Annual report of the Civil Veterinary Department, Bengal, for the year 1897-98 - 1897-1898
Year: 1897
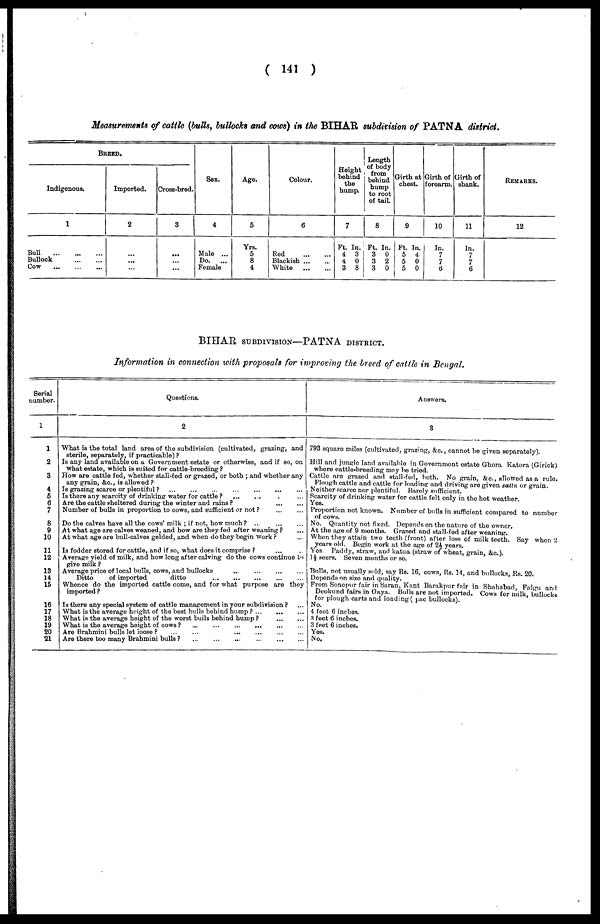
( 141 )
Measurements of cattle (bulls, bullocks and cows) in the BIHAR, subdivision of PATNA district.
BREED.
Indigenous.
1
Bull
...
...
...
Bullock ... ...
Cow
...
...
...
Imported.
2
...
...
...
Cross-bred.
3
...
...
...
Sex.
4
Male ...
Do.
...
Female
Age.
5
Yrs.
5
8
4
Colour.
6
Red
...
...
Blackish
...
...
White
...
...
Height
behind
the
hump.
7
Ft. In.
4 3
4 0
3 8
Length
of body
from
behind
hump
to root
of tail.
8
Ft. In.
3 0
3
2
3
0
Girth at
chest.
9
Ft. In.
5 4
5
0
5
0
Girth of
forearm.
10
In.
7
7
6
Girth of
shank.
11
In.
7
7
6
REMARKS.
12
BIHAR SUBDIVISION—PATNA DISTRICT.
Information in connection with proposals for improving the breed of cattle in Bengal.
Serial
number.
1
1
2
3
4
5
6
7
8
9
10
11
12
13
14
15
16
17
18
19
20
21
Questions.
2
What is the total land area of the subdivision (cultivated, grazing, and
sterile, separately, if practicable) ?
Is any land available on a Government estate or otherwise, and if so, on
what estate, which is suited for cattle-breeding ?
How are cattle fed, whether stall-fed or grazed, or both ; and whether any
any grain, &c., is allowed ?
Is grazing scarce or plentiful ?
...
...
...
...
...
...
...
Is there any scarcity of drinking water for cattle ? ... ... ... ...
Are the cattle sheltered during the winter and rains ? ... ...
Number of bulls in proportion to cows, and sufficient or not ?
...
...
Do the calves have all the cows' milk ; if not, how much ? ... ... ...
At what age are calves weaned, and how are they fed after weaning ? ...
At what age are bull-calves gelded, and when do they begin work ? ...
Is fodder stored for cattle, and if so, what does it comprise ? ... ...
Average yield of milk, and how long after calving do the cows continue to
give milk ?
Average price of local bulls, cows, and bullocks
...
...
...
...
Ditto
of imported
ditto
... ... ... ... ...
Whence do the imported cattle come, and for what purpose are they
imported ?
Is there any special system of cattle management in your subdivision ? ...
What is the average height of the best bulls behind hump ?
...
...
...
What is the average height of the worst bulls behind hump ?
...
...
What is the average height of cows ?
...
...
...
...
...
...
Are Brahmini bulls let loose ?
...
...
...
...
...
...
...
...
Are there too many Brahmini bulls ? ... ... ... ... ... ...
Answers.
3
793 square miles (cultivated, grazing, &c., cannot be given separately).
Hill and jungle land available in Government estate Ghora Katora (Girick)
where cattle-breeding may be tried.
Cattle are grazed and stall-fed, both. No grain, &c., allowed as a rule.
Plough cattle and cattle for loading and driving are given sattu or grain.
Neither scarce nor plentiful. Barely sufficient.
Scarcity of drinking water for cattle felt only in the hot weather.
Yes.
Proportion not known. Number of bulls in sufficient compared to number
of cows
No. Quantity not fixed. Depends on the nature of the owner,
At the age of 9 months. Grazed and stall-fed after weaning.
When they attain two teeth (front) after loss of milk teeth. Say when 2
years old. Begin work at the age of 2½ years.
Yes. Paddy, straw, and katua (straw of wheat, grain, &c).
1 ½ seers. Seven months or so.
Bulls, not usually sold, say Rs. 16, cows, Rs. 14, and bullocks, Rs. 20.
Depends on size and quality.
From Sonepur fair in Saran, Kant Barakpur fair in Shahabad, Falgu and
Deokund fairs in Gaya. Bulls are not imported. Cows for milk, bullocks
for plough carts and loading ( pac bullocks).
No.
4 feet 6 inches.
3 feet 6 inches.
3 feet 6 inches.
Yes.
No,